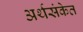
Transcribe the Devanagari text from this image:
अर्थसंकेत